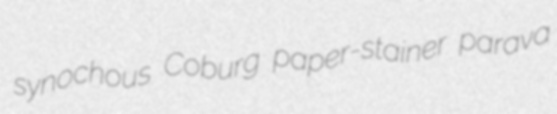
synochous Coburg paper-stainer parava